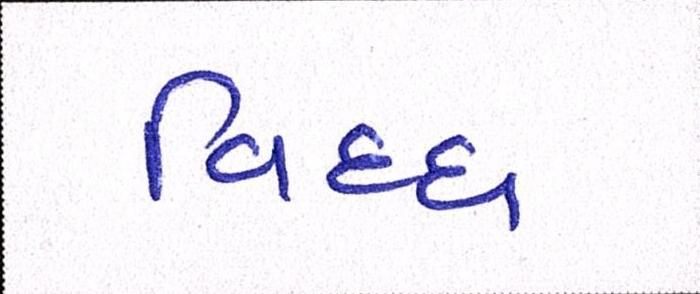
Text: વિધ્ધ